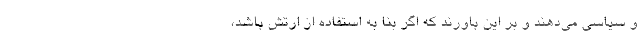
و سیاسی می­دهند و بر این باورند که اگر بنا به استفاده از ارتش باشد،